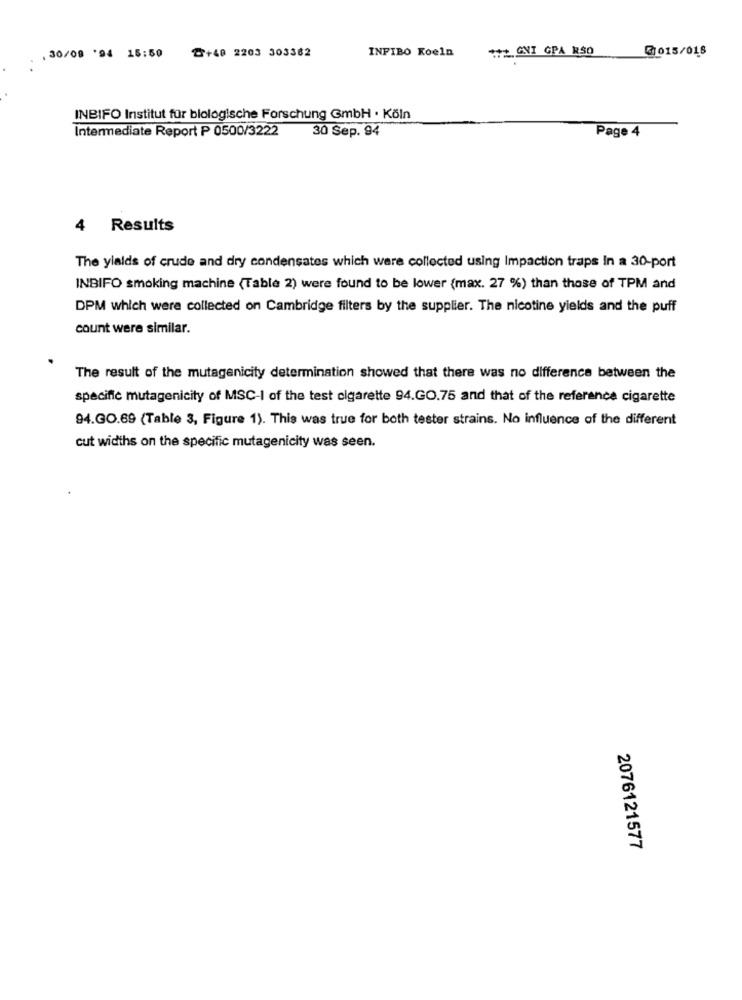
INPIBO Koeln
+++ GVI GPA RSO
@1015/018
. 30/08 '94 15:50
₾+40 2203 303362
INBIFO Institut für biologische Forschung GmbH · Köln
Intermediate Report P 0500/3222
30 Sep. 94
Page 4
4 Results
The ylalds of crude and dry condensates which were collected using Impaction traps In a 30-port
INBIFO smoking machine (Table 2) were found to be lower (max. 27 %) than those of TPM and
DPM which were collected on Cambridge filters by the supplier. The nicotine yields and the puff
count were similar.
The result of the mutagenicity determination showed that there was no difference between the
specific mutagenicity of MSC-I of the test cigarette 94.GO.75 and that of the reference cigarette
94.GO.69 (Table 3, Figure 1). This was true for both tester strains. No influence of the different
cut widths on the specific mutagenicity was seen.
2076121577